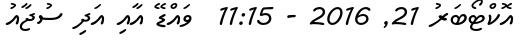
އޮކްޓޯބަރު 21